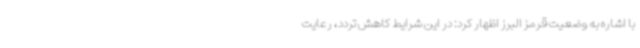
با اشاره به وضعیت قرمز البرز اظهار کرد: در این شرایط کاهش تردد، رعایت